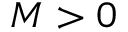
M > 0